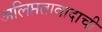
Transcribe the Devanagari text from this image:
अलिप्ततावादाची